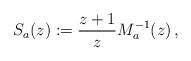
LaTeX: \begin{align*}S_{a}(z) := \frac{z+1}{z} M_a^{-1}(z) \,,\end{align*}